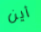
أين